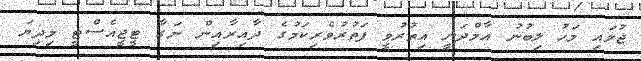
ޖުލައި މަހު ލިބުނު އާމްދަނީ އިތުރުވީ ފަތުރުވެރިކަމުގެ ދާއިރާއިން ނަގާ ޓީޖީއެސްޓީ މިދިޔަ